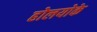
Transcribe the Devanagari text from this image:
होलयोके